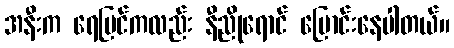
အနီးက ရေပြင်ကလည်း နီညိုရောင် ပြောင်းနေပါတယ်။